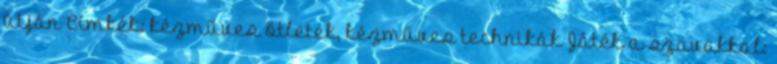
útján Címkék: kézműves ötletek, kézműves technikák Játék a szavakkal: